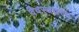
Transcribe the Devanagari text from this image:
वैवस्वतस्य